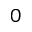
0